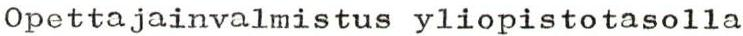
Opettajainvalmistus yliopistotasolla